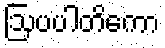
ဩပပါတိကော